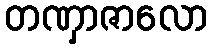
တဏှာဇာလော